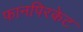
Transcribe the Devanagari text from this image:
फानपिरकेट